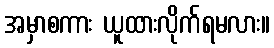
အမှာစကား ယူထားလိုက်ရမလား။